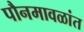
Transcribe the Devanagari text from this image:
पौनमावळांत